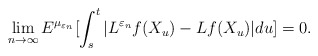
\begin{align*}\lim_{n\rightarrow \infty}E^{\mu_{\varepsilon_n}}[\int_s^t|L^{\varepsilon_n}f(X_{u})-Lf(X_{u})|du]=0.\end{align*}